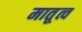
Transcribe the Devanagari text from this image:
मातृ्त्व